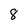
Character: 8